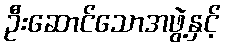
ဦးဆောင်သောအဖွဲ့နှင့်